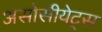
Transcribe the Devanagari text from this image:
असोसीयेट्स